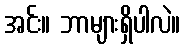
အင်း။ ဘာများရှိပါလဲ။